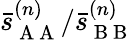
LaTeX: \bar{s}_{\mathrm{~A~A~}}^{(n)}/\bar{s}_{\mathrm{~B~B~}}^{(n)}